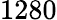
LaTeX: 1280